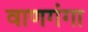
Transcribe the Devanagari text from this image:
वाणगंगा